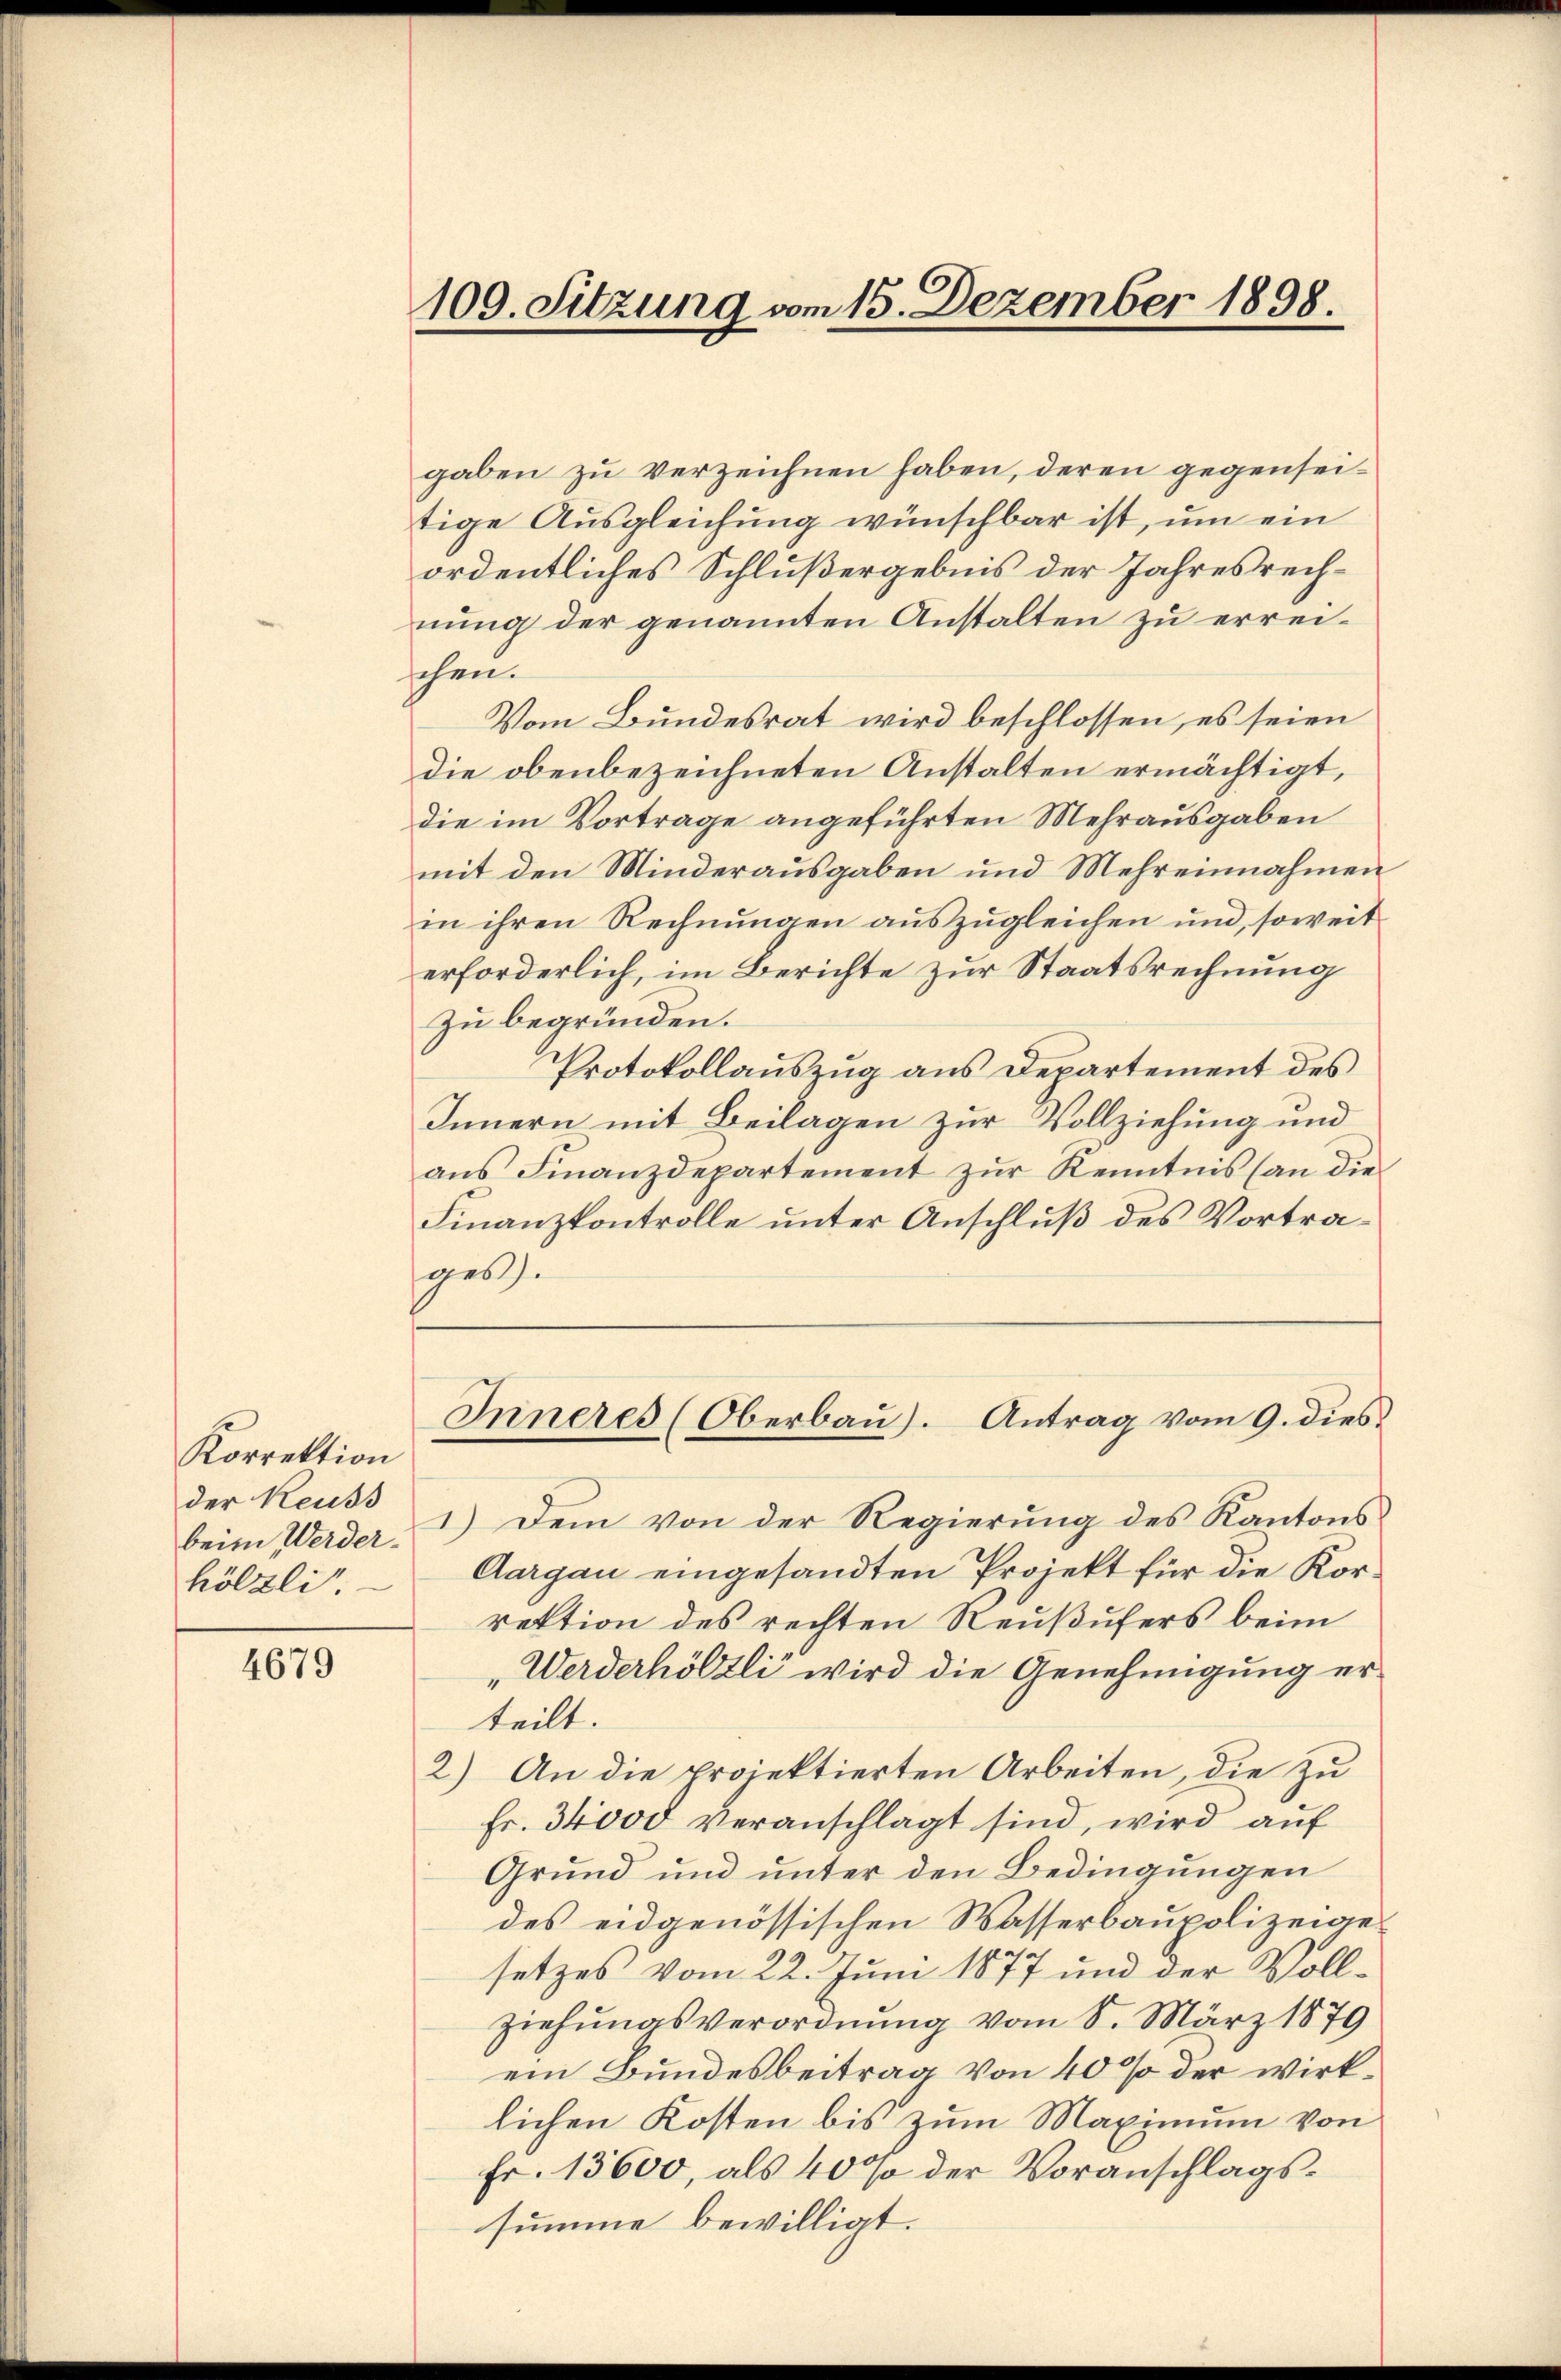
Korrektion
der Reuss
beim Werderhölzli.

4679

100. Sitzung vom 15. Dezember 1898.

gaben zu verzeichnen haben, deren gegenseitige Ausgleichung wünschbar ist, um ein
ordentliches Schlußergebnis der Jahresrechnung der genannten Anstalten zu erreischen.
Vom Bundesrat wird beschlossen, es seien
die obenbezeichneten Anstalten ermächtigt,
die im Vortrage angeführten Mehrausgaben
mit den Minderausgaben und Mehreinnahmen
in ihren Rechnungen auszugleichen und, soweit
erforderlich, im Berichte zur Staatsrechnung
zu begründen.
Protokollauszug aus Departement des
Innern mit Beilagen zur Vollziehung und
ans Finanzdepartement zur Kenntnis (an die
Finanzkontrolle unter Anschluß des Vortrages.
Inneres (Oberbau). Antrag vom 9. dies¬
1.) Dem von der Regierung des Kantons¬
Aargau eingesandten Projekt für die Korrektion des rechten Reußufers beim
„Werderhölzli wird die Genehmigung er-
teilt. |
2) An die projektierten Arbeiten, die zu
Fr. 34000 veranschlagt sind, wird auf
Grund und unter den Bedingungen
des eidgenössischen Wasserbaupolizeigesetzes vom 22. Juni 1877 und der Voll¬
Ziehungsverordnung vom 8. März 1879
ein Bundesbeitrag von 40% der wirklichen Kosten bis zum Maximum von
Fr. 13600, als 40% der Voranschlagssumme bewilligt.